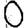
Digit: 0